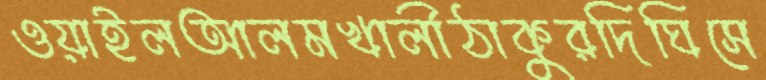
ওয়াইলআলমখালীঠাকুরদিঘিসে